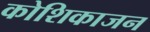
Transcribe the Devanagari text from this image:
कोशिकाजन